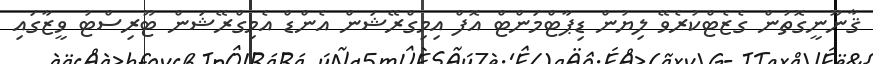
ޤާނޫނީގޮތުން ގެޒެޓްކުރެވޭ ލިޔުން ޑިޕާޓްމަންޓް އޮފް އިމިގްރޭޝަން އެންޑް އެމިގްރޭޝަން ޓޫރިސްޓު ވީޒާގައި